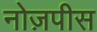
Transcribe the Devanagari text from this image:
नोज़पीस